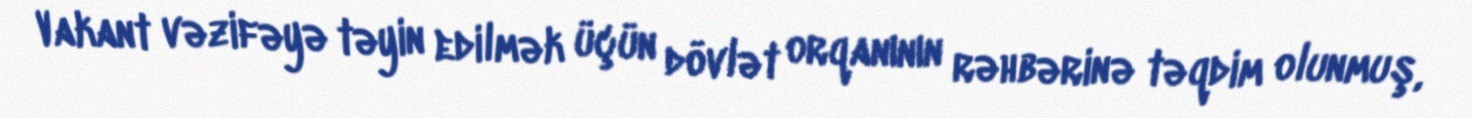
Vakant vəzifəyə təyin edilmək üçün dövlət orqanının rəhbərinə təqdim olunmuş,